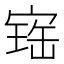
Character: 𡩧